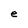
Character: e